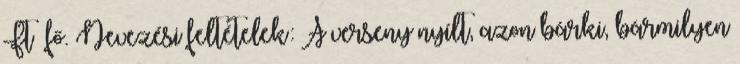
Ft fő. Nevezési feltételek: A verseny nyílt, azon bárki, bármilyen